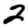
Digit: 2